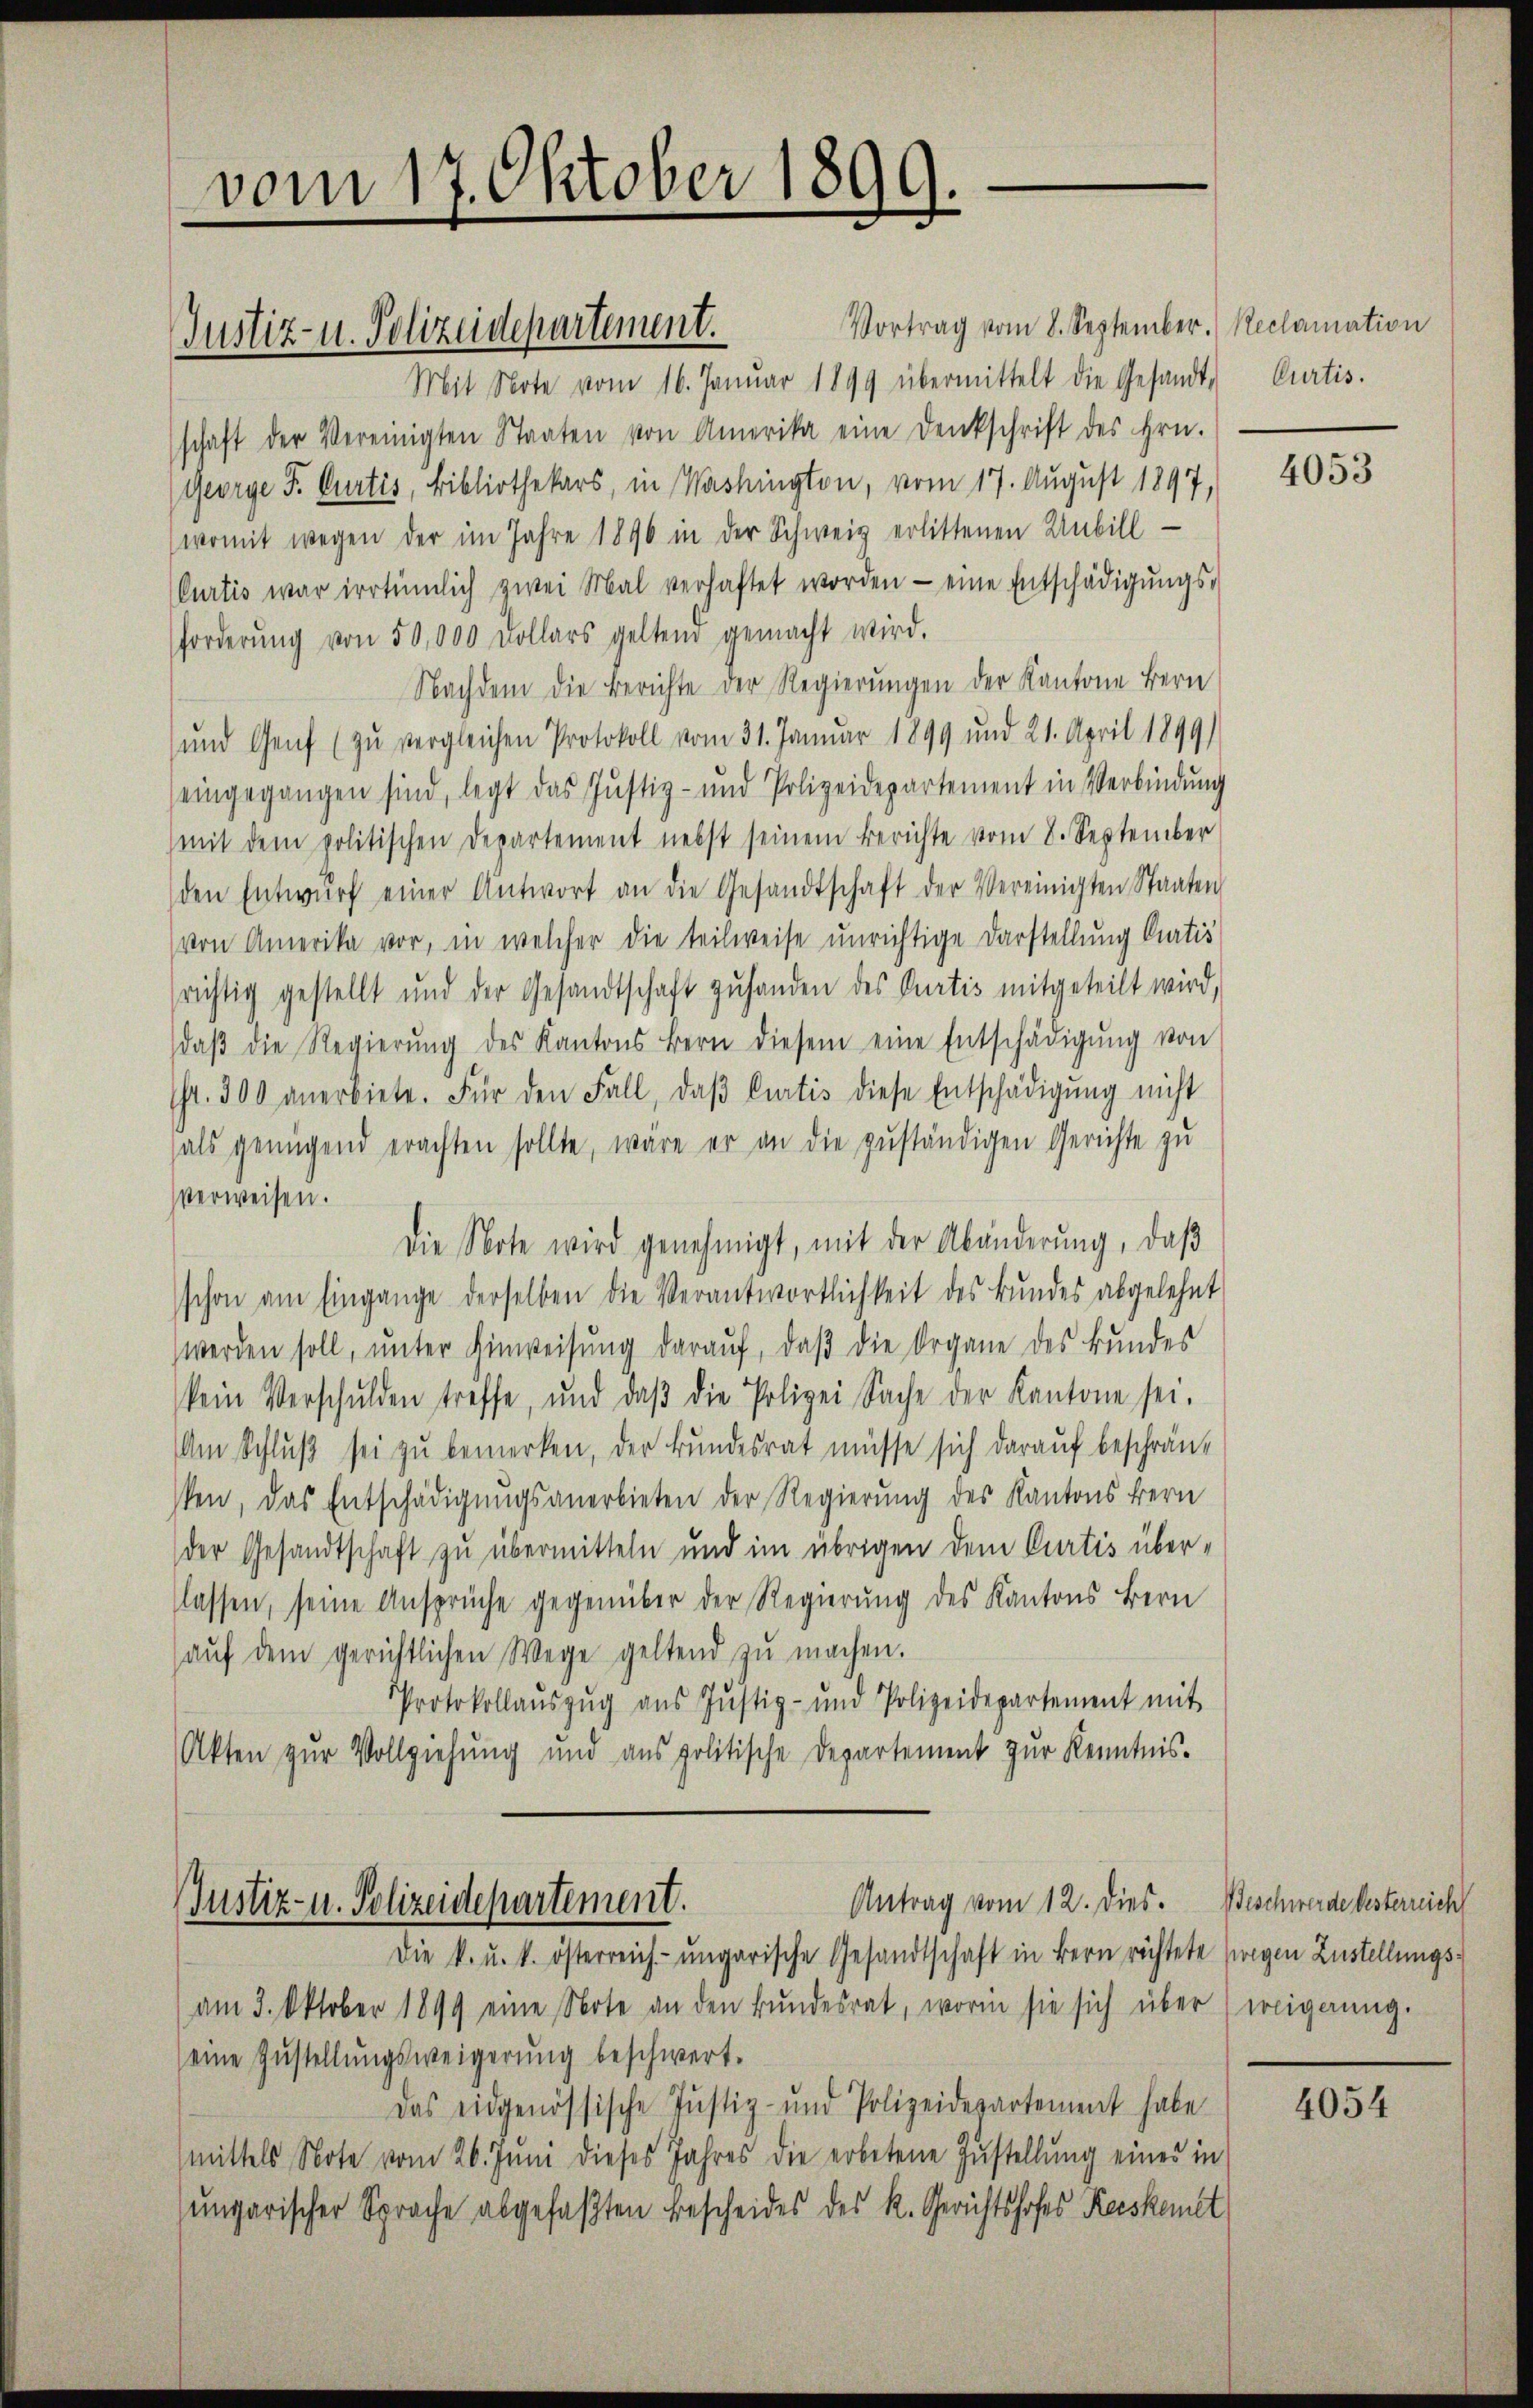
vom 17. Oktober 1899.

Justiz- u. Polizeidepartement.

Antrag vom 12. dies. Beschwerde besternicht
Justiz- u. Polizeidepartement.

Die k. u. k. österreich-ungarische Gesandtschaft in Bern richtete (wegen Zustellungsam 3. Oktober 1899 eine Note an den Bŭndesrat, worin sie sich über (weignung.
eine Zustellungsweigerung beschwert.
Das eidgenössische Justiz- und Polizeidepartement habe
mittels Note vom 26. Juni dieses Jahres die erbetene Zustellung eines in
ungarischer Sprache abgefaßten Bescheides des k. Gerichtshofes Reiskemet

Vortrag vom 8. September.
Mit Note vom 16. Janŭar 1899 übermittelt die Gesandt-
schaft der Vereinigten Staaten von Amerika eine Denkschrift des Hrn.
George F. Curtis, Bibliothekars, in Washington, vom 17. August 1897,
(womit wegen der im Jahre 1890 in der Schweiz erlittenen Unbill
Curtis war irrtümlich zwei Mal verhaftet worden - eine Entschädigŭngs-
forderung von 50,000 Kollars geltend gemacht wird.
Nachdem die Berichte der Regierŭngen der Kantone Bern
und Genf (zu vergleichen Protokoll vom 31. Januar 1899 und 21. April 1899)
eingegangen sind, legt das Justiz- und Polizeidepartement in Verbindŭng
mit dem politischen Departement nebst seinem Berichte vom 8. September
den Entwŭrf einer Antwort an die Gesandtschaft der Vereinigten Staaten
von Amerika vor, in welcher die teilweise unrichtige Darstellung Curtis
richtig gestellt und der Gesandtschaft zŭ handen des Curtis mitgeteilt wird,
daβ die Regierŭng des Kantons Bern diesem eine Entschädigŭng von
t. 300 anerbiete. Für den Fall, daβ Curtis diese Entschädigŭng nicht
als genügend erachten sollte, wäre er an die zuständigen Gerichte zu
verweisen.
Die Note wird genehmigt, mit der Abänderŭng, daβ
schon am Eingange derselben die Verantwortlichkeit des Bŭndes abgelehnt
werden soll, ŭnter Einweisŭng daraŭf, daβ die Organe des Bŭndes
kein Verschulden treffe, und daβ die Polizei Sache der Kantone sei.
Am Schlŭβ sei zu bemerken, der Bundesrat müsse sich darauf beschrän-
sten, das Entschädigŭngsanerbieten der Regierŭng des Kantons Bern
der Gesandtschaft zu übermitteln und im übrigen dem Curtis überlassen, seine Ansprüche gegenüber der Regierung des Kantons Bern
aŭf dem gerichtlichen Wege geltend zŭ machen.
Protokollaŭszŭg aŭs Jŭstiz- und Polizeidepartement mit
Akten zŭr Vollziehŭng und ans politische Departement zŭr Kenntnis-

Reclamation
Curtis.

4053

4054